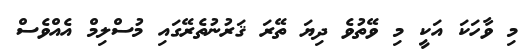
މި ވާހަކަ އަކީ މި ވޭތުވެ ދިޔަ ތޭރަ ޤަރުނުތެރޭގައި މުސްލިމް އެއްވެސް